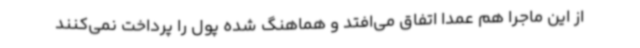
از این ماجرا هم عمدا اتفاق می‌افتد و هماهنگ شده پول را پرداخت نمی‌کنند